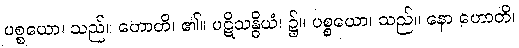
ပစ္စယော၊ သည်။ ဟောတိ၊ ၏။ ပဋိသန္ဓိယံ၊ ၌။ ပစ္စယော၊ သည်။ နော ဟောတိ၊